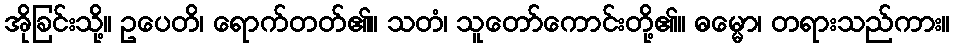
အိုခြင်းသို့။ ဥပေတိ၊ ရောက်တတ်၏။ သတံ၊ သူတော်ကောင်းတို့၏။ ဓမ္မော၊ တရားသည်ကား။